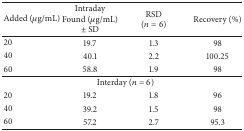
<table><thead><tr><td><b>Added (<i>μ</i>g/mL)</b></td><td><b>IntradayFound (<i>μ</i>g/mL) ± SD</b></td><td><b>RSD(<i>n</i> = 6) </b></td><td><b>Recovery (%)</b></td></tr></thead><tbody><tr><td>20</td><td>19.7</td><td>1.3</td><td>98</td></tr><tr><td>40</td><td>40.1</td><td>2.2</td><td>100.25</td></tr><tr><td>60</td><td>58.8</td><td>1.9</td><td>98</td></tr><tr><td colspan="4">Interday (<i>n</i> = 6)</td></tr><tr><td>20</td><td>19.2</td><td>1.8</td><td>96</td></tr><tr><td>40</td><td>39.2</td><td>1.5</td><td>98</td></tr><tr><td>60</td><td>57.2</td><td>2.7</td><td>95.3</td></tr></tbody></table>